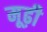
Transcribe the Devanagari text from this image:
मूढ़ी